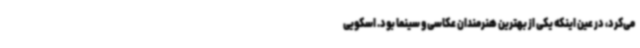
می‌کرد، در عین اینکه یکی از بهترین هنرمندان عکاسی و سینما بود. اسکویی